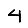
Digit: 4